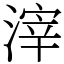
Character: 滓